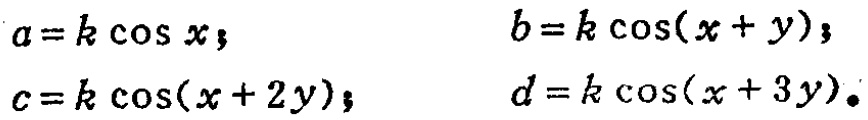
\[

\begin{align*}

a&=k\cos x,\\

c&=k\cos(x + 2y),

\end{align*}

\quad

\begin{align*}

b&=k\cos(x + y),\\

d&=k\cos(x + 3y).

\end{align*}

\]